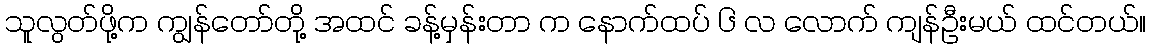
သူလွတ်ဖို့က ကျွန်တော်တို့ အထင် ခန့်မှန်းတာ က နောက်ထပ် ၆ လ လောက် ကျန်ဦးမယ် ထင်တယ်။